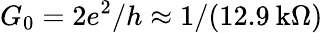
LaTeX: G_{0}={2e^{2}}/{h}\approx 1/(12.9\: \mathrm{k}\Omega)